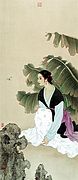
远岫出山催薄暮，细风吹雨弄轻阴。梨花欲谢恐难禁。